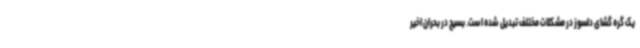
یک گره گشای دلسوز در مشکلات مختلف تبدیل شده است. بسیج در بحران اخیر